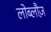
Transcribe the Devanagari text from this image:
लोब्लौज़